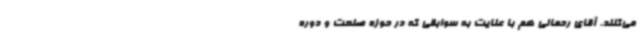
می‌کنند. آقای رحمانی هم با عنایت به سوابقی که در حوزه صنعت و دوره